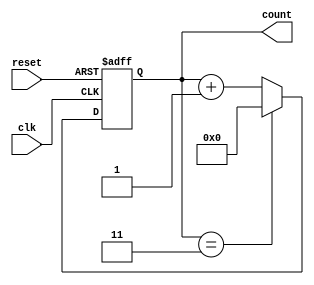
module counter (
    input clk,
    input reset,
    output reg [3:0] count
);

parameter WIDTH = 4;

always @(posedge clk or posedge reset)
begin
    if (reset)
        count <= 4'b0000;
    else if (count == (WIDTH - 1))
        count <= 4'b0000;
    else
        count <= count + 1;
end

endmodule